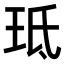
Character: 𭹁